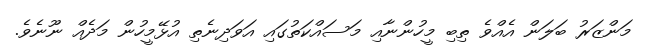
މަންޒަރު ބަލަން އެއްވެ ތިބި މީހުންނާއި މަސައްކަތުގައި އަވަދިނެތި އުޅޭމީހުން މަދެއް ނޫނެވެ.